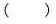
（ ）